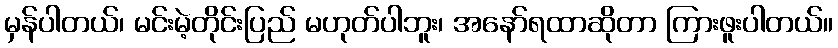
မှန်ပါတယ်၊ မင်းမဲ့တိုင်းပြည် မဟုတ်ပါဘူး၊ အနော်ရထာဆိုတာ ကြားဖူးပါတယ်။